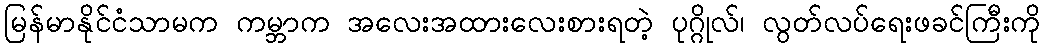
မြန်မာနိုင်ငံသာမက ကမ္ဘာက အလေးအထားလေးစားရတဲ့ ပုဂ္ဂိုလ်၊ လွတ်လပ်ရေးဖခင်ကြီးကို